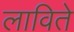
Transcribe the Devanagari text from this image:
लाविते